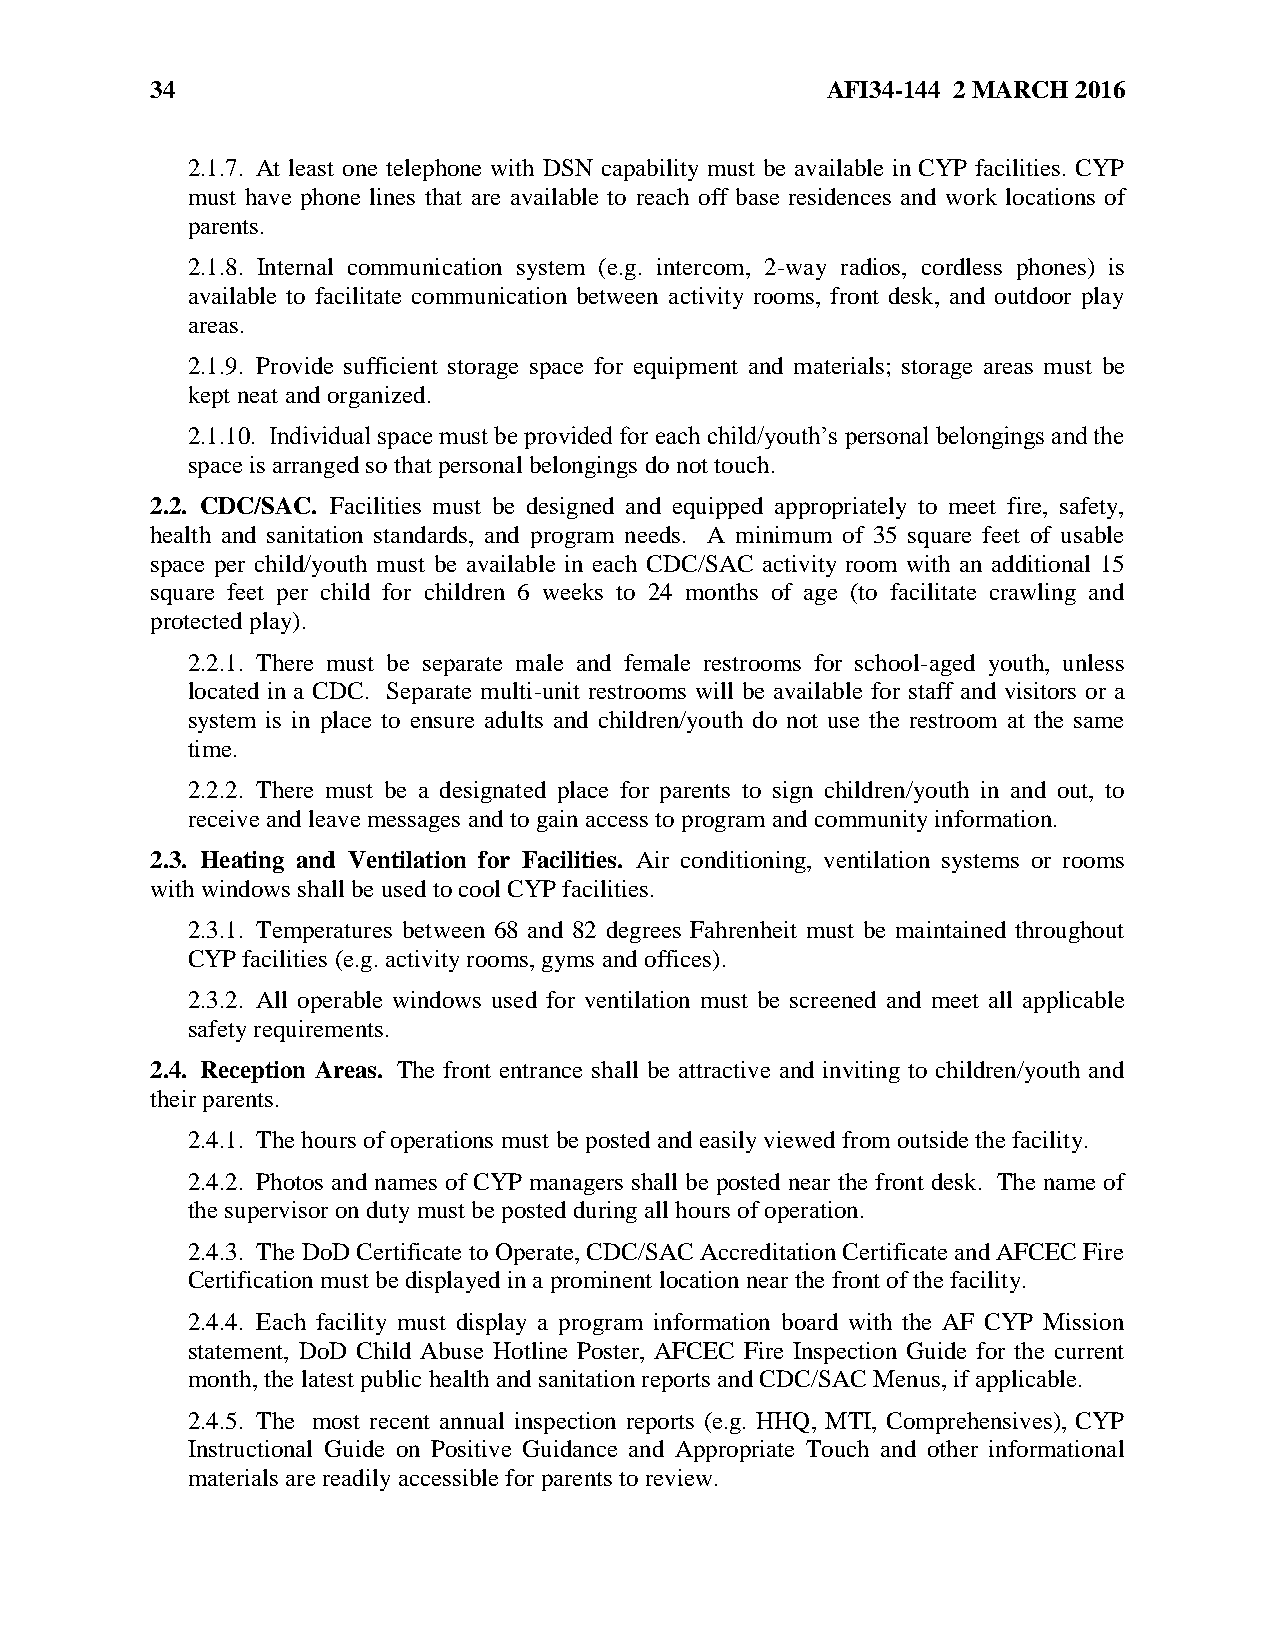
34                                           AFI34-144 2 MARCH 2016
 2.1.7. At least one telephone with DSN capability must be available in CYP facilities. CYP
 must have phone lines that are available to reach off base residences and work locations of
 parents.
 2.1.8. Internal communication system (e.g. intercom, 2-way radios, cordless phones) is
 available to facilitate communication between activity rooms, front desk, and outdoor play
 areas.
 2.1.9. Provide sufficient storage space for equipment and materials; storage areas must be
 kept neat and organized.
 2.1.10. Individual space must be provided for each child/youth’s personal belongings and the
 space is arranged so that personal belongings do not touch.
 2.2. CDC/SAC. Facilities must be designed and equipped appropriately to meet fire, safety,
 health and sanitation standards, and program needs. A minimum of 35 square feet of usable
 space per child/youth must be available in each CDC/SAC activity room with an additional 15
 square feet per child for children 6 weeks to 24 months of age (to facilitate crawling and
 protected play).
 2.2.1. There must be separate male and female restrooms for school-aged youth, unless
 located in a CDC. Separate multi-unit restrooms will be available for staff and visitors or a
 system is in place to ensure adults and children/youth do not use the restroom at the same
 time.
 2.2.2. There must be a designated place for parents to sign children/youth in and out, to
 receive and leave messages and to gain access to program and community information.
 2.3. Heating and Ventilation for Facilities. Air conditioning, ventilation systems or rooms
 with windows shall be used to cool CYP facilities.
 2.3.1. Temperatures between 68 and 82 degrees Fahrenheit must be maintained throughout
 CYP facilities (e.g. activity rooms, gyms and offices).
 2.3.2. All operable windows used for ventilation must be screened and meet all applicable
 safety requirements.
 2.4. Reception Areas. The front entrance shall be attractive and inviting to children/youth and
 their parents.
 2.4.1. The hours of operations must be posted and easily viewed from outside the facility.
 2.4.2. Photos and names of CYP managers shall be posted near the front desk. The name of
 the supervisor on duty must be posted during all hours of operation.
 2.4.3. The DoD Certificate to Operate, CDC/SAC Accreditation Certificate and AFCEC Fire
 Certification must be displayed in a prominent location near the front of the facility.
 2.4.4. Each facility must display a program information board with the AF CYP Mission
 statement, DoD Child Abuse Hotline Poster, AFCEC Fire Inspection Guide for the current
 month, the latest public health and sanitation reports and CDC/SAC Menus, if applicable.
 2.4.5. The most recent annual inspection reports (e.g. HHQ, MTI, Comprehensives), CYP
 Instructional Guide on Positive Guidance and Appropriate Touch and other informational
 materials are readily accessible for parents to review.